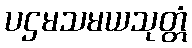
ပဌမသမယသုတ္တံ